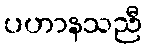
ပဟာနသညီ